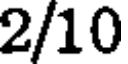
2/10